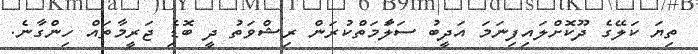
ތިޔަ ކަލޭގެ ދޫކޮށްލައިފިނަމަ އަދީބު ސަލަާމަތްކުރަން ރިޝްވަތު ދީ ބޮޑެި ޖަރީމާތައް ހިންގާނެ.